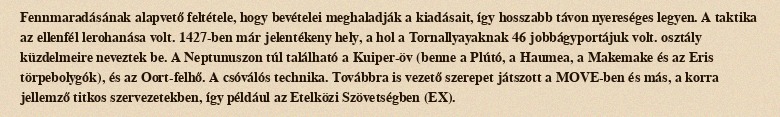
Fennmaradásának alapvető feltétele, hogy bevételei meghaladják a kiadásait, így hosszabb távon nyereséges legyen. A taktika az ellenfél lerohanása volt. 1427-ben már jelentékeny hely, a hol a Tornallyayaknak 46 jobbágyportájuk volt. osztály küzdelmeire neveztek be. A Neptunuszon túl található a Kuiper-öv (benne a Plútó, a Haumea, a Makemake és az Eris törpebolygók), és az Oort-felhő. A csóválós technika. Továbbra is vezető szerepet játszott a MOVE-ben és más, a korra jellemző titkos szervezetekben, így például az Etelközi Szövetségben (EX).